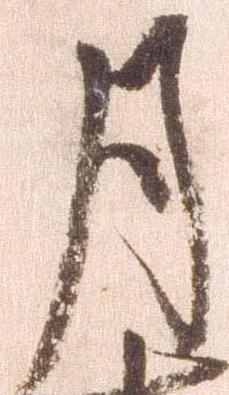
月